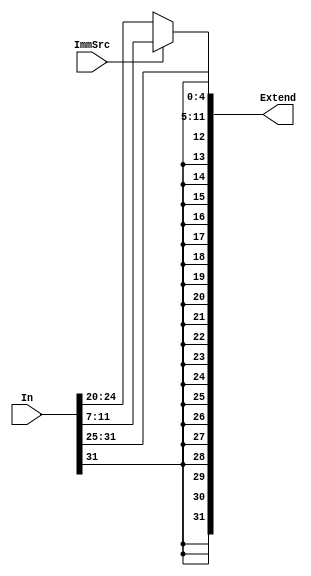
module SignExtend (In,Extend,ImmSrc);

    input [31:0]In;
    input ImmSrc;
    output [31:0]Extend;

    assign Extend = (ImmSrc == 1'b1) ? ({{20{In[31]}},In[31:25],In[11:7]}):
                                        {{20{In[31]}},In[31:20]};
                                
endmodule